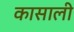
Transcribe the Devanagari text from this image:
कासाली